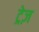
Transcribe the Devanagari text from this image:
ट्रेज़